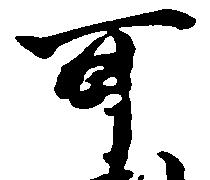
可